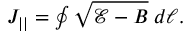
\begin{array} { r } { J _ { | | } = \oint \sqrt { \mathcal { E } - B } \; d \ell . } \end{array}